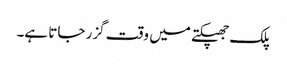
پلک جھپکتے میں وقت گزر جاتا ہے۔